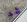
قد